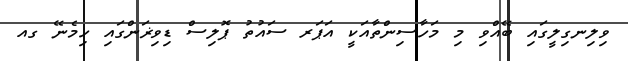
ވިލިނގިލީގައި ބޭއްވި މި މަހާސިންތާއަކީ އަޕަރ ސައުތު ޕޮލިސް ޑިވިޜަންގައި ހިމެނޭ ގއ